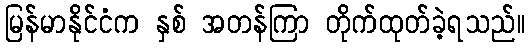
မြန်မာနိုင်ငံက နှစ် အတန်ကြာ တိုက်ထုတ်ခဲ့ရသည်။